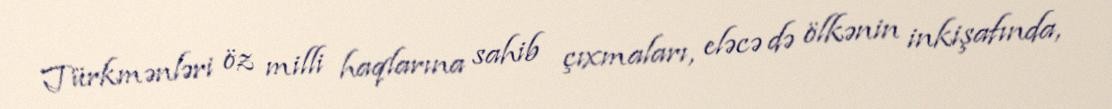
Türkmənləri öz milli haqlarına sahib çıxmaları, eləcə də ölkənin inkişafında,